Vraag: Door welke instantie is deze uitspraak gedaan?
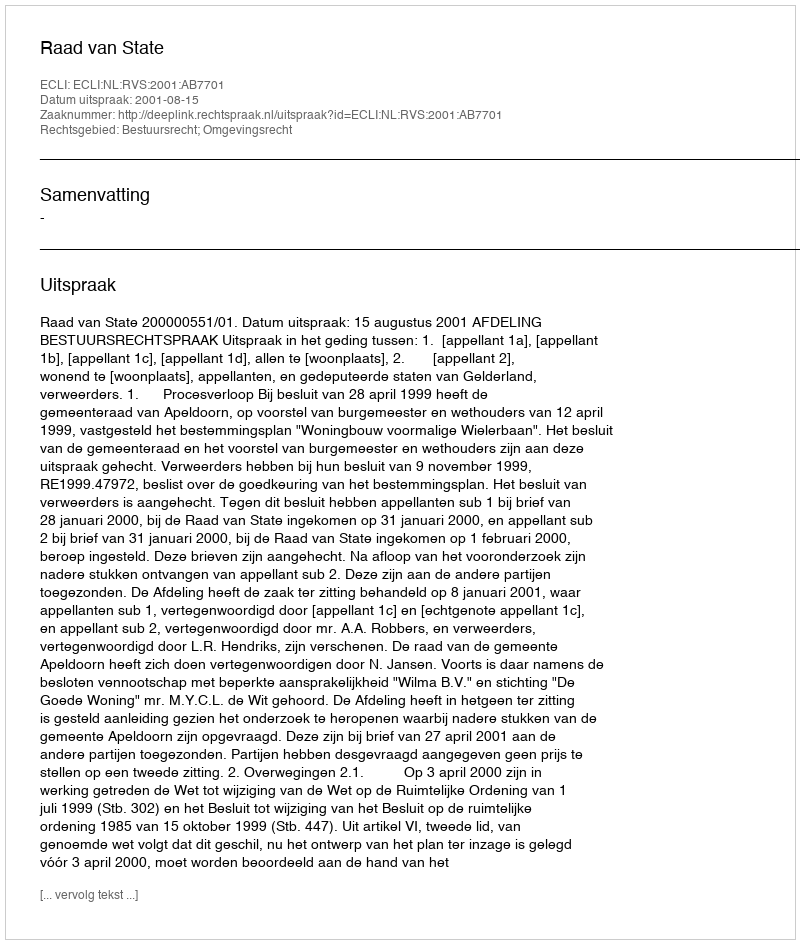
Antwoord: Raad van State